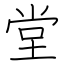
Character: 堂